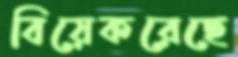
বিয়েকরেছে